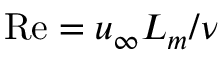
\mathrm { R e } = u _ { \infty } L _ { m } / \nu